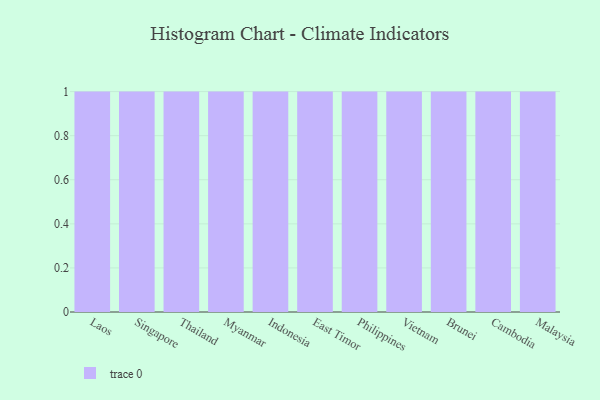
{"axis": {"x": "Country", "y": "Customer Acquisition Cost (USD)"}, "legend": [""], "data": [{"x": "Laos", "y": 48, "type": ""}, {"x": "Singapore", "y": 19, "type": ""}, {"x": "Thailand", "y": 26, "type": ""}, {"x": "Myanmar", "y": 73, "type": ""}, {"x": "Indonesia", "y": 20, "type": ""}, {"x": "East Timor", "y": 99, "type": ""}, {"x": "Philippines", "y": 70, "type": ""}, {"x": "Vietnam", "y": 4, "type": ""}, {"x": "Brunei", "y": 11, "type": ""}, {"x": "Cambodia", "y": 33, "type": ""}, {"x": "Malaysia", "y": 3, "type": ""}]}